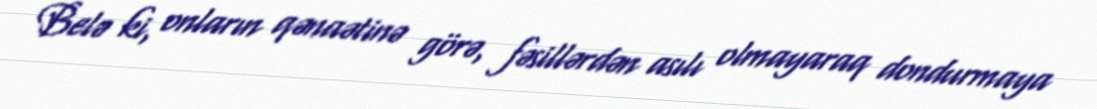
Belə ki, onların qənaətinə görə, fəsillərdən asılı olmayaraq dondurmaya